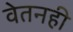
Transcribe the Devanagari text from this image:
वेतनही